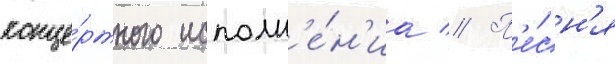
конце́ртного исполн'е́н'иа // П'е́сн'я